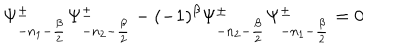
\Psi _ { - n _ { 1 } - { \frac { \beta } { 2 } } } ^ { \pm } \Psi _ { - n _ { 2 } - { \frac { \beta } { 2 } } } ^ { \pm } - ( - 1 ) ^ { \beta } \Psi _ { - n _ { 2 } - { \frac { \beta } { 2 } } } ^ { \pm } \Psi _ { - n _ { 1 } - { \frac { \beta } { 2 } } } ^ { \pm } = 0